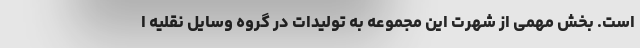
است. بخش مهمی از شهرت این مجموعه به تولیدات در گروه وسایل نقلیه ا